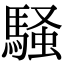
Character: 騒